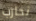
نحارب